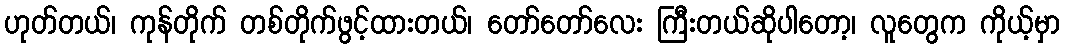
ဟုတ်တယ်၊ ကုန်တိုက် တစ်တိုက်ဖွင့်ထားတယ်၊ တော်တော်လေး ကြီးတယ်ဆိုပါတော့၊ လူတွေက ကိုယ့်မှာ